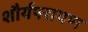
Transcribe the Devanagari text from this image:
शौर्यपरायण